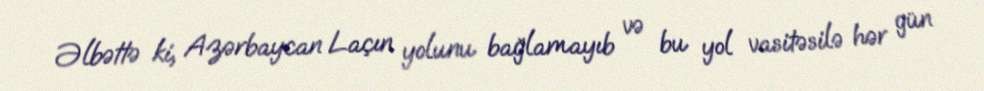
Əlbəttə ki, Azərbaycan Laçın yolunu bağlamayıb və bu yol vasitəsilə hər gün